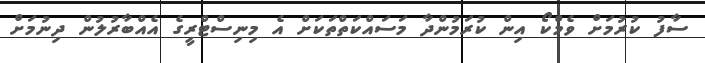
ސާފު ކުރުމަށް ވެމްކޯ އިން ކުރަމުންދާ މަސައްކަތްތަކަށް އެ މިނިސްޓްރީގެ އެއްބާރުލުން ދިނުމަށް